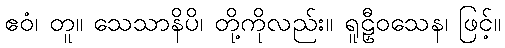
ဧဝံ၊ တူ။ သေသာနိပိ၊ တို့ကိုလည်း။ ရူဠှီဝသေန၊ ဖြင့်။